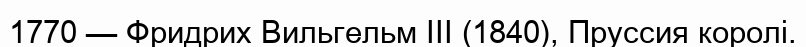
1770 — Фридрих Вильгельм III (1840), Пруссия королі.